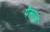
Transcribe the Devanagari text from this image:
पैसाज़